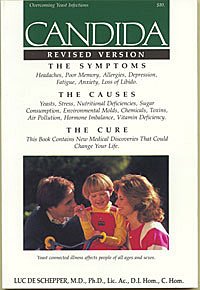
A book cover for Candida: The Symptoms the Causes the Cure; Luc, M.D., Ph.D., Lic.Ac., C.Hom., D.I.Hom De Schepper; Health, Fitness & Dieting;